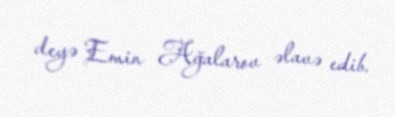
deyə Emin Ağalarov əlavə edib.